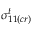
\sigma _ { 1 1 ( c r ) } ^ { t }